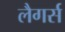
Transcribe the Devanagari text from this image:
लैगर्स